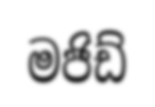
මජිඩ්